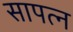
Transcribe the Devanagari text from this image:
सापत्न